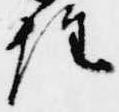
経